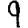
Digit: 9